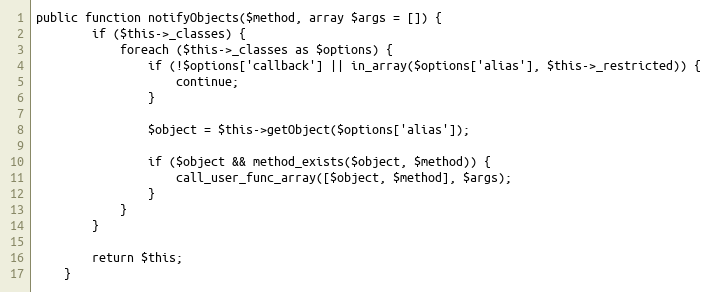
Language: PHP
public function notifyObjects($method, array $args = []) {
        if ($this->_classes) {
            foreach ($this->_classes as $options) {
                if (!$options['callback'] || in_array($options['alias'], $this->_restricted)) {
                    continue;
                }

                $object = $this->getObject($options['alias']);

                if ($object && method_exists($object, $method)) {
                    call_user_func_array([$object, $method], $args);
                }
            }
        }

        return $this;
    }